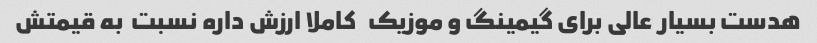
هدست بسیار عالی برای گیمینگ و موزیک   کاملا ارزش داره نسبت  به قیمتش